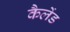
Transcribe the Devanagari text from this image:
कैलेंड